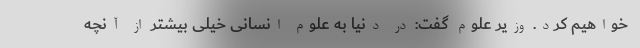
خواهیم کرد. وزیر علوم گفت: در دنیا به علوم انسانی خیلی بیشتر از آنچه